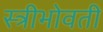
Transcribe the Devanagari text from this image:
स्त्रीभोवती